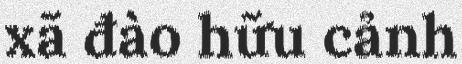
xã đào hữu cảnh